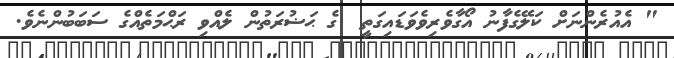
" އެއުރެންނަށް ކަލޭގެފާނު އޯގާވެރިވެވަޑައިގަތީ  ގެ ޙަޟުރަތުން ލެއްވި ރަޙްމަތެއްގެ ސަބަބުންނެވެ.